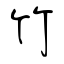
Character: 竹